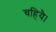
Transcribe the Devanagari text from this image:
चहियै।